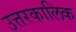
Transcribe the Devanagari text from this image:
उत्तरकालिक